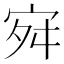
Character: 𭓬